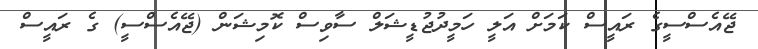
ޖޭއެސްސީގެ ރައީސް ކަމަށް އަލީ ހަމީދުޖުޑީޝަލް ސާވިސް ކޮމިޝަން (ޖޭއެސްސީ) ގެ ރައީސް